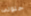
حلوتى